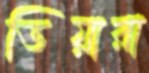
ডিয়ারা